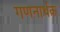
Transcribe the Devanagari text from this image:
गणनार्थक